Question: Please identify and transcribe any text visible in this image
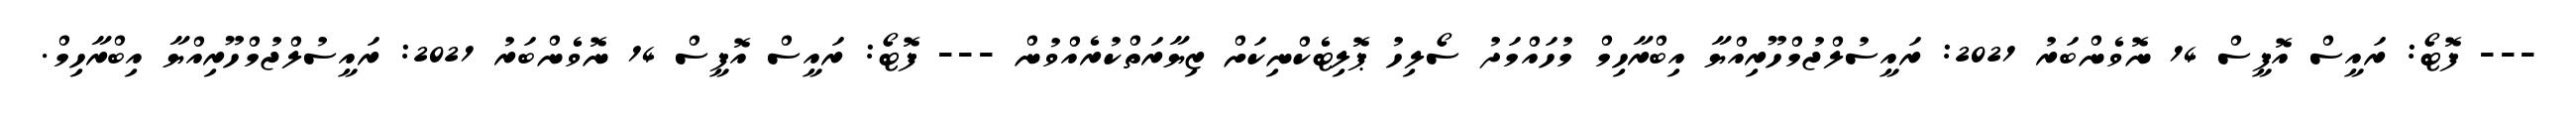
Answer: --- ފޮޓޯ: ރައީސް އޮފީސް 14 ނޮވެންބަރު 2021: ރައީސުލްޖުމްހޫރިއްޔާ އިބްރާހިމް މުހައްމަދު ސޯލިހު ޕޮލިޓެކްނިކަށް ޒިޔާރަތްކުރެއްވުން --- ފޮޓޯ: ރައީސް އޮފީސް 14 ނޮވެންބަރު 2021: ރައީސުލްޖުމްހޫރިއްޔާ އިބްރާހިމް.